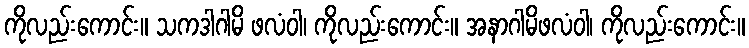
ကိုလည်းကောင်း။ သကဒါဂါမိ ဖလံဝါ၊ ကိုလည်းကောင်း။ အနာဂါမိဖလံဝါ၊ ကိုလည်းကောင်း။